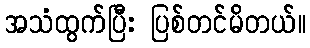
အသံထွက်ပြီး ပြစ်တင်မိတယ်။